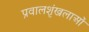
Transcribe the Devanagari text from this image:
प्रवालशृंखलाओं